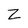
Character: Z